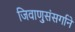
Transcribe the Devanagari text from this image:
जिवाणुसंसर्गाने